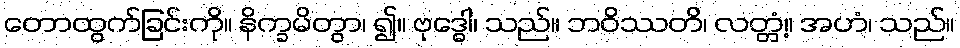
တောထွက်ခြင်းကို။ နိက္ခမိတွာ၊ ၍။ ဗုဒ္ဓေါ၊ သည်။ ဘဝိဿတိ၊ လတ္တံ့။ အဟံ၊ သည်။